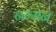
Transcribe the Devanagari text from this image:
नम्मन